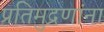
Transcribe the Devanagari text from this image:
प्रतिमुद्रणांना